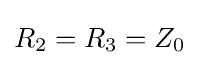
R_{2}=R_{3}=Z_{0}